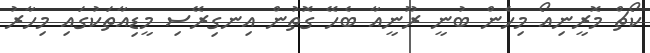
ކޯޗް މޮރީނިއޯ މިހެން ބުނީ ރޫނީއާ ބެހޭ ގޮތުން އިނގިރޭސި މީޑިއާތަކުގައި މިހާރު